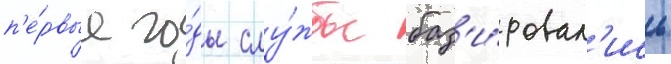
п'е́рвые го́ды слу́жбы баз'и́ровал'ись